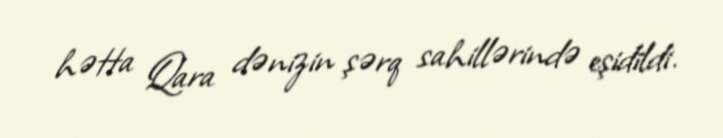
hətta Qara dənizin şərq sahillərində eşidildi.